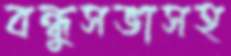
বন্ধুসভাসহ